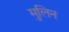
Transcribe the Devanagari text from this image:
मुलिन